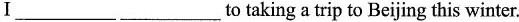
Ⅰ___ ___ to taking a trip to Beijing this winter.